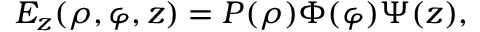
E _ { z } ( \rho , \varphi , z ) = P ( \rho ) \Phi ( \varphi ) \Psi ( z ) ,